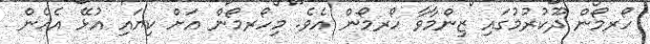
ހޯރމޯން ދޫކުރުމުގައި ޒިންމާވާ ހޯރމޯން އެވެ. މިހޯރމޯން އަށް ކިޔައި އުޅޭ އެހެން